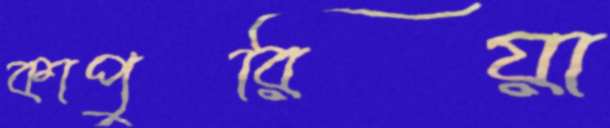
কাপুরিয়া